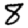
Digit: 8